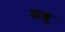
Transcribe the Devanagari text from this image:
अध्